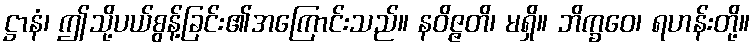
ဋ္ဌာနံ၊ ဤသို့ပယ်စွန့်ခြင်း၏အကြောင်းသည်။ နဝိဇ္ဇတိ၊ မရှိ။ ဘိက္ခဝေ၊ ရဟန်းတို့။